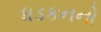
ધડકનનો